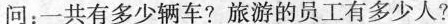
问：一共有多少辆车?旅游的员工有多少人?